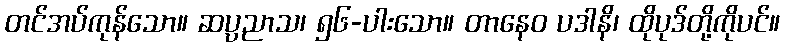
တင်အပ်ကုန်သော။ ဆပ္ပညာသ၊ ၅၆-ပါးသော။ တာနေဝ ပဒါနိ၊ ထိုပုဒ်တို့ကိုပင်။